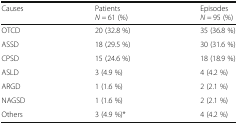
<table><thead><tr><td><b>Causes</b></td><td><b>Patients<i>N =</i> 61 (%)</b></td><td><b>Episodes<i>N =</i> 95 (%)</b></td></tr></thead><tbody><tr><td>OTCD</td><td>20 (32.8 %)</td><td>35 (36.8 %)</td></tr><tr><td>ASSD</td><td>18 (29.5 %)</td><td>30 (31.6 %)</td></tr><tr><td>CPSD</td><td>15 (24.6 %)</td><td>18 (18.9 %)</td></tr><tr><td>ASLD</td><td>3 (4.9 %)</td><td>4 (4.2 %)</td></tr><tr><td>ARGD</td><td>1 (1.6 %)</td><td>2 (2.1 %)</td></tr><tr><td>NAGSD</td><td>1 (1.6 %)</td><td>2 (2.1 %)</td></tr><tr><td>Others</td><td>3 (4.9 %)*</td><td>4 (4.2 %)</td></tr></tbody></table>